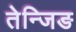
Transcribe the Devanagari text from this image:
तेन्जिङ